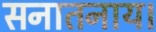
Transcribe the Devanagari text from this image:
सनातनाय।